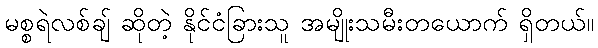
မစ္စရဲလစ်ချ် ဆိုတဲ့ နိုင်ငံခြားသူ အမျိုးသမီးတယောက် ရှိတယ်။